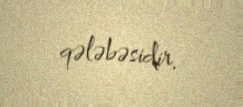
qələbəsidir.